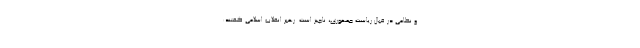
و نظامی در قبال ریاست جمهوری، ناچیز است. رهبر انقلاب اسلامی گفتند: